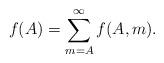
LaTeX: \begin{align*}f(A) = \sum_{m = A}^\infty f(A, m).\end{align*}